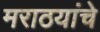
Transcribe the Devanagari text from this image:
मराठयांचे